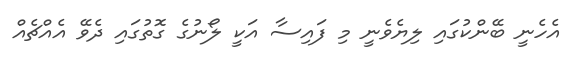
އެހެނީ ބޭންކުގައި ލިޔެވެނީ މި ފައިސާ އަކީ ލޯނުގެ ގޮތުގައި ދެވޭ އެއްޗެއް